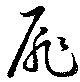
扉